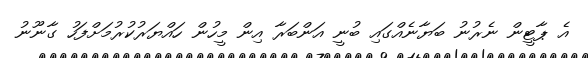
އެ ޕާޓީން ނެރުނު ބަޔާނެއްގައި ބުނީ އަންބަރާ އިން މީހުން ހައްޔަރުކުރުމަށްފަހު ގާނޫނު